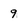
Character: 9